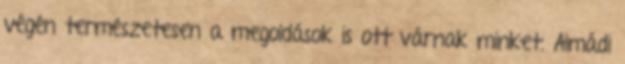
végén természetesen a megoldások is ott várnak minket. Almádi